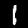
Digit: 1